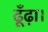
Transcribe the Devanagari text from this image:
ढूँढ़ा।